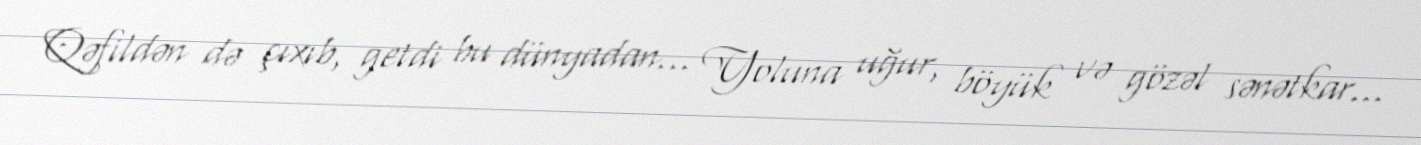
Qəfildən də çıxıb, getdi bu dünyadan... Yoluna uğur, böyük və gözəl sənətkar...